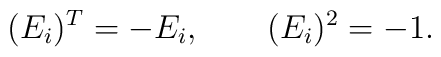
(E_i)^T = - E_i , \quad \quad (E_i)^2 = - 1.